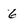
Character: 6